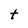
Character: t